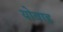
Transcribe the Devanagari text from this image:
योवाह